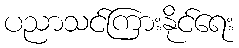
ပညာသင်ကြားနိုင်ရေး